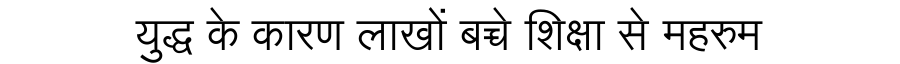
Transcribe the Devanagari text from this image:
युद्ध के कारण लाखों बच्चे शिक्षा से महरुम